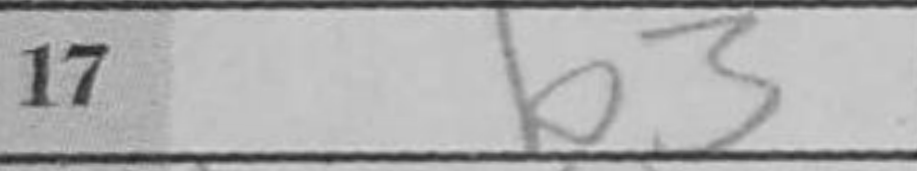
Transcription: b3